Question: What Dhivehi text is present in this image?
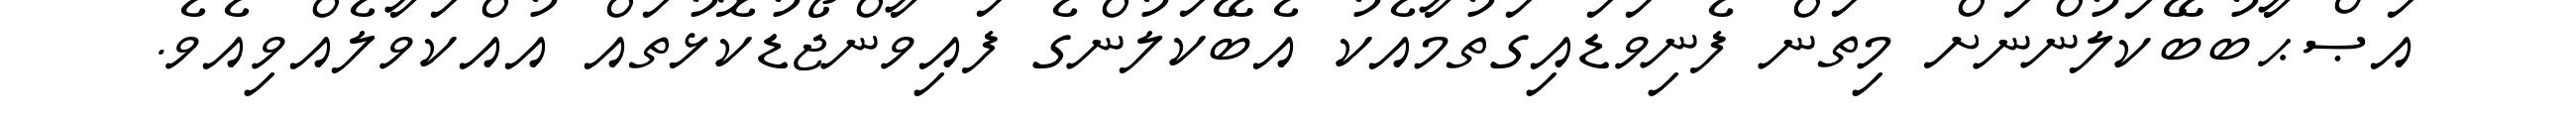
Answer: އަޞްޙާބުބޭކަލުންނަށް މިތަން ފެނިވަޑައިގަތުމާއެކު އެބޭކަލުންގެ ފައިވާންޖޯޑުކޮޅުތައް އުއްކަވާލެއްވިއެވެ.